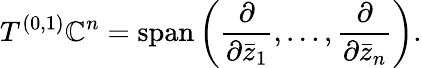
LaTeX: T^{(0,1)}\mathbb{C}^{n}=\operatorname{span}\left({\frac{\partial}{\partial{\bar{z}}_{1}}},\dots,{\frac{\partial}{\partial{\bar{z}}_{n}}}\right).